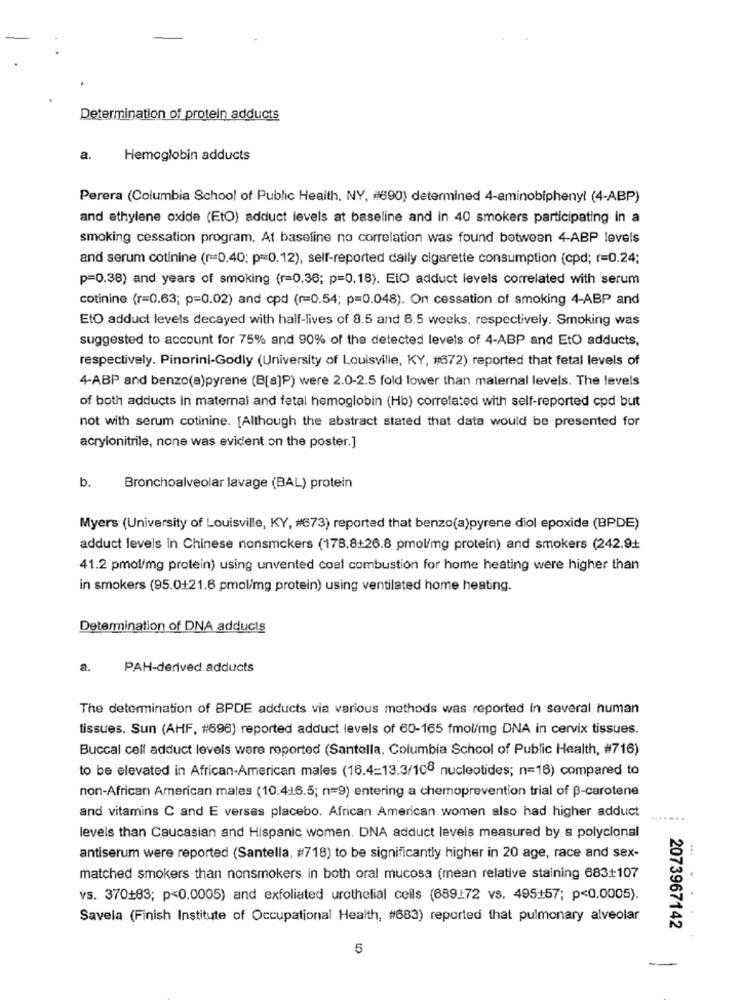
Determination of protein adducts
a.
Hemoglobin adducts
Perera (Columbia School of Public Health, NY, #690) determined 4-aminobiphenyl (4-ABP)
and ethylene oxide (EtO) adduct levels at baseline and in 40 smokers participating in a
smoking cessation program. At baseline no correlation was found between 4-ABP levels
and serum cotinine (r=0.40; p=0.12), self-reported daily cigarette consumption (cpd; (=0.24;
p=0.38) and years of smoking (r=0.36; p=0.18). EtO adduct levels correlated with serum
cotinine (r=0.63; p=0.02) and cpd (r=0.54; p=0.048). On cessation of smoking 4-ABP and
EtO adduct levels decayed with half-lives of 8.5 and 6.5 weeks, respectively. Smoking was
suggested to account for 75% and 90% of the detected levels of 4-ABP and EtO adduets,
respectively. Pinorini-Godly (University of Louisville, KY, #372) reported that fetal levels of
4-ABP and benzo(a)pyrene (B[a]P) were 2.0-2.5 fold lower than maternal levels. The levels
of both adducts in maternai and fetal hemoglobin (Hb) correlated with self-reported cod but
not with serum cotinine. [Although the abstract stated that data would be presented for
acrylonitrile, none was evident on the poster.]
b.
Bronchoalveolar lavage (BAL) protein
Myers (University of Louisville, KY, #673) reported that benzo(a)pyrene diol epoxide (BPDE)
adduct levels in Chinese nonsmokers (178.8+26.8 pmol/mg protein) and smokers (242.9+
41.2 pmol/mg protein) using unvented coal combustion for home heating were higher than
in smokers (95.0+21.6 pmol/img protein) using ventilated home heating.
Determination of DNA adducts
a.
PAH-derived adducts
The determination of BPDE adducts via various methods was reported in several human
tissues. Sun (AHF. #696) reported adduct levels of 60-165 fmol/mg DNA in cervix tissues.
Buccal cell adduct levels were reported (Santella. Columbia School of Public Health, #716)
to be elevated in African-American males (16.4=13.3/108 nucleotides; n=16) compared to
non-African American males (10.416.5; n=9) entering a chemoprevention trial of B-carotene
and vitamins C and E verses placebo. African American women also had higher adduct
-.....
levels than Caucasian and Hispanic women. DNA adduct leveis measured by a polyclonal
antiserum were reported (Santella, #718) to be significantly higher in 20 age, race and sex-
...
matched smokers than nonsmokers in both oral mucosa (mean relative staining 683+107
vs. 370+83; p<0.0005) and exfoliated urothelial cells (689172 vs. 495+57; p<0.0005).
Savela (Finish Institute of Occupational Health, #683) reported that pulmonary alveolar
2073967142
5
-